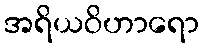
အရိယဝိဟာရော